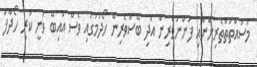
މަސައްތަތްތެރިންނާއި ފަންނުވެރިން އަދި ބޭސްވެރިން ހޯދުމުގައި ވެސް އައިބޭ ވަނީ ކުރި ހޯދާފަ